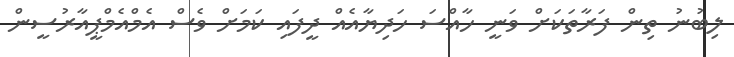
ލިބުނު ތިން ފަރާތަކަށް ވަނީ ހާއްސަ ހަދިޔާއެއް ދީފައި ކަމަށް ވެސް އެމްއެމްޕީއާރުސީން